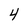
Character: 4